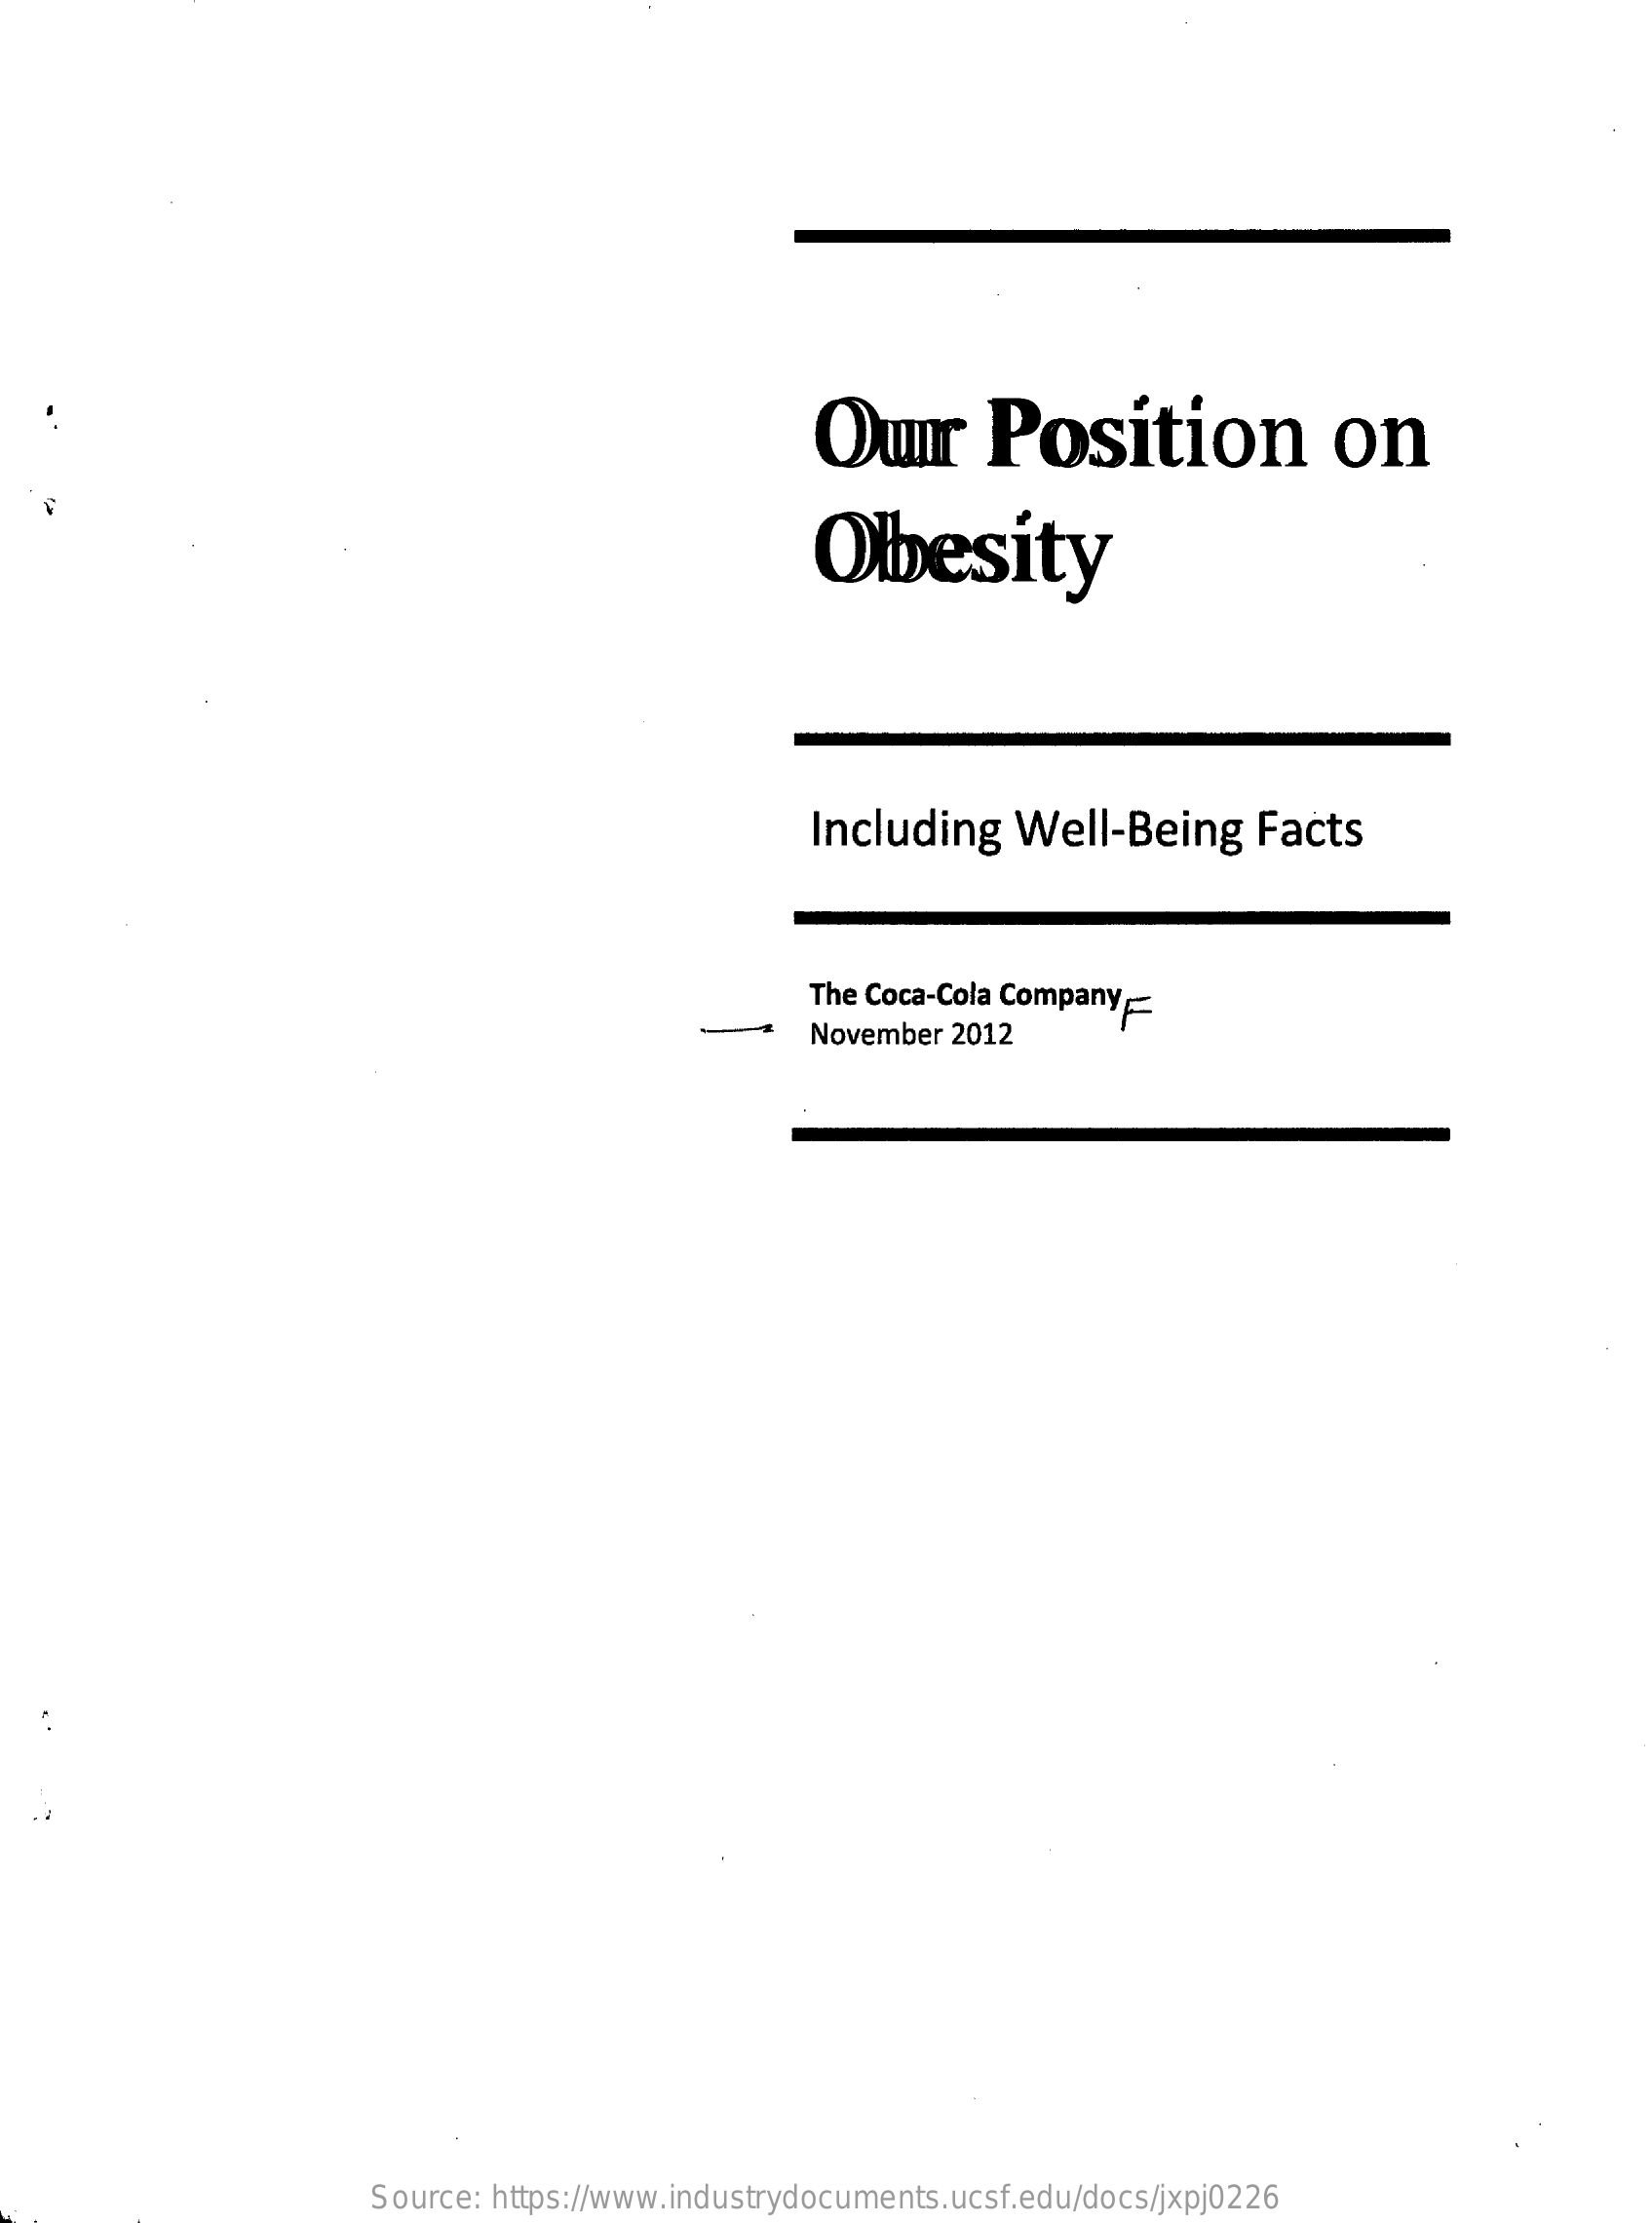
Our    Position    on
     Obesity
     Including    Well-Being    Facts
     The Coca-Cola Company
     November 2012
     Source: https://www.industrydocuments.ucsf.edu/docs/jxpj0226